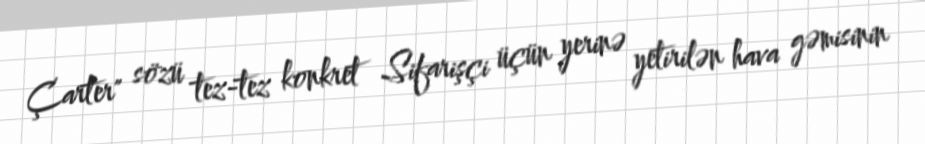
Çarter" sözü tez-tez konkret Sifarişçi üçün yerinə yetirilən hava gəmisinin